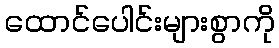
ထောင်ပေါင်းများစွာကို